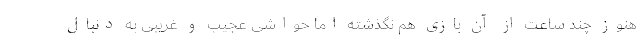
هنوز چند ساعت از آن بازی هم نگذشته اما حواشی عجیب و غریبی به دنبال